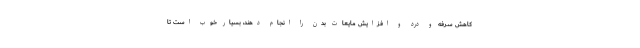
کاهش سرفه و درد و افزایش مایعات بدن را انجام دهند، بسیار خوب است تا